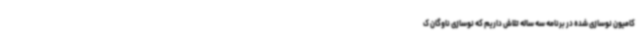
کامیون نوسازی شده در برنامه سه ساله تلاش داریم که نوسازی ناوگان ک